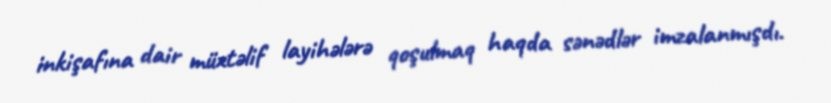
inkişafına dair müxtəlif layihələrə qoşulmaq haqda sənədlər imzalanmışdı.